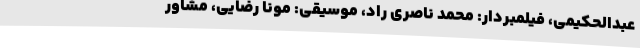
عبدالحکیمی، فیلمبردار: محمد ناصری راد، موسیقی: مونا رضایی، مشاور